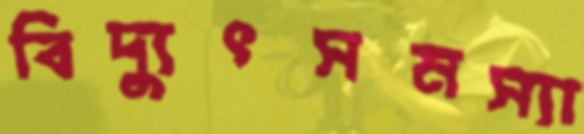
বিদ্যুৎসমস্যা